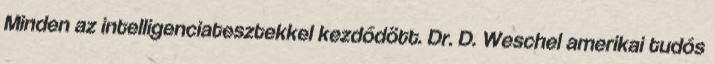
Minden az intelligenciatesztekkel kezdődött. Dr. D. Weschel amerikai tudós